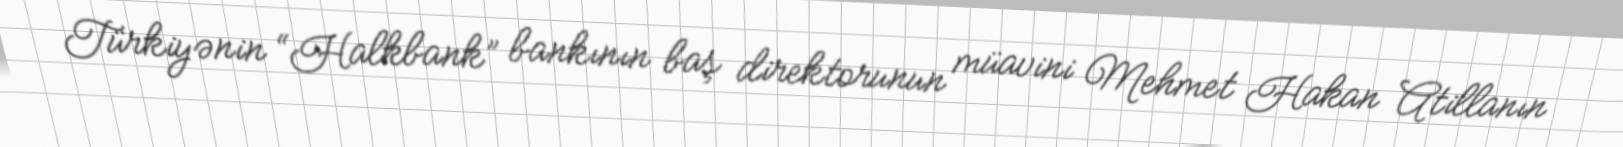
Türkiyənin “Halkbank” bankının baş direktorunun müavini Mehmet Hakan Atillanın